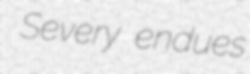
Severy endues